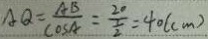
A Q = \frac { A B } { \cos A } = \frac { 2 0 } { \frac { 1 } { 2 } } = 4 0 ( c m )